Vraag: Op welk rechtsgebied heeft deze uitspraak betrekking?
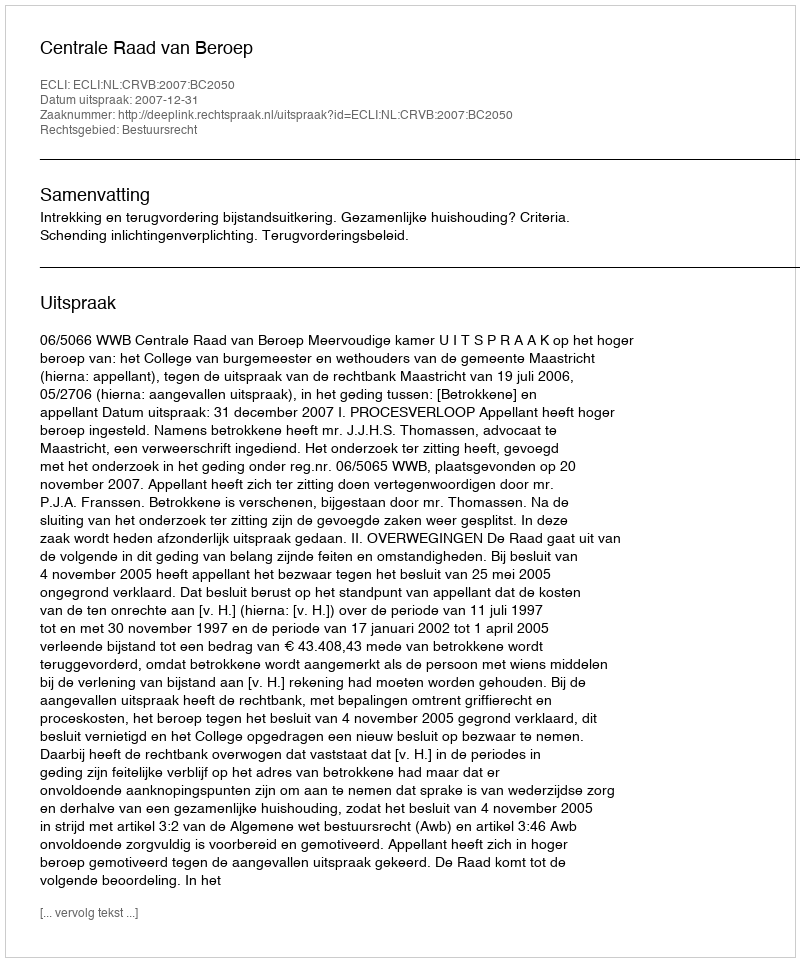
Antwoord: Bestuursrecht